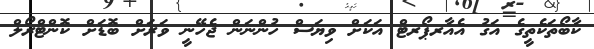
ކާބޯތަކެތީގެ އަގު އެއާރޕޯރޓް އަކަށް ވިޔަސް ހުންނަން ޖެހޭނީ ވަރަށް ބޮޑަށް ކޮންޓްރޯލް